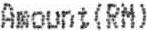
AMOUNT(RM)